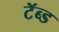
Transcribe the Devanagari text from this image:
टॅब्ड